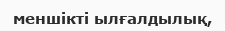
меншікті ылғалдылық,